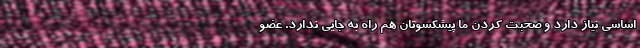
اساسی نیاز دارد و صحبت کردن ما پیشکسوتان هم راه به جایی ندارد. عضو